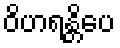
ဝိဟရန္တိပေ